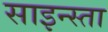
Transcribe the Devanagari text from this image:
साइन्स्ता